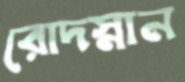
রোদস্নান